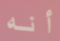
أنه